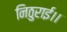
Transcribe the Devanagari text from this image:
निठुराई।।